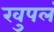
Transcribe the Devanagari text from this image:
खुपलं